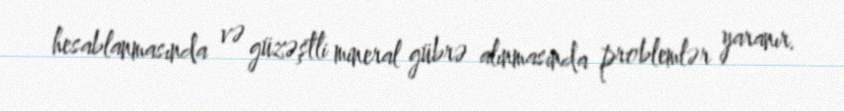
hesablanmasında və güzəştli mineral gübrə alınmasında problemlər yaranır.